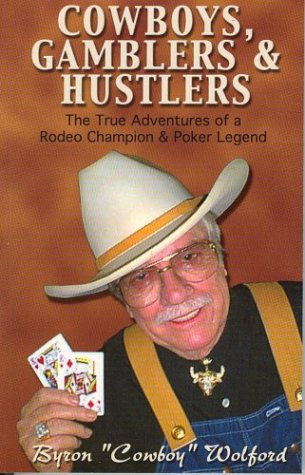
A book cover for Cowboys, Gamblers and Hustlers: The True Adventures of a Rodeo Champion and Poker Legend; Byron "Cowboy" Wolford; Sports & Outdoors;